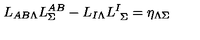
L _ { A B \Lambda } L _ { \Sigma } ^ { A B } - L _ { I \Lambda } L _ { \ \Sigma } ^ { I } = \eta _ { \Lambda \Sigma }